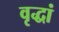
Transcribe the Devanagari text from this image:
वृद्धां